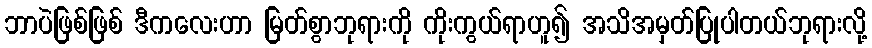
ဘာပဲဖြစ်ဖြစ် ဒီကလေးဟာ မြတ်စွာဘုရားကို ကိုးကွယ်ရာဟူ၍ အသိအမှတ်ပြုပါတယ်ဘုရားလို့